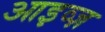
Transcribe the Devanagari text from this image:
आइव्ज़